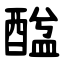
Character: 䤈